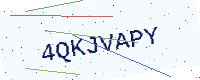
Text: 4QKJVAPY